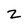
Character: z